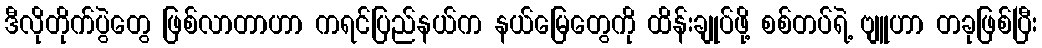
ဒီလိုတိုက်ပွဲတွေ ဖြစ်လာတာဟာ ကရင်ပြည်နယ်က နယ်မြေတွေကို ထိန်းချုပ်ဖို့ စစ်တပ်ရဲ့ ဗျူဟာ တခုဖြစ်ပြီး